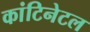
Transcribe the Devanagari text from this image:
कांटिनेटल